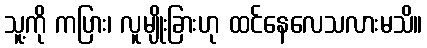
သူ့ကို ကပြား၊ လူမျိုးခြားဟု ထင်နေလေသလားမသိ။